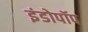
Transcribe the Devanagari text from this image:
इंडोपॉप